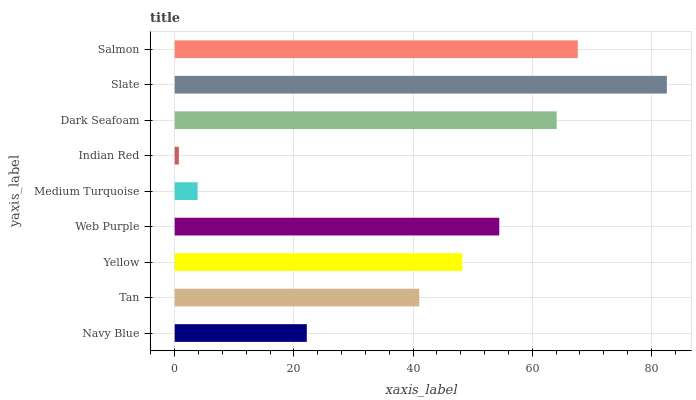
| yaxis_label | bars |
 | --- | --- |
 | Navy Blue | 22.2 |
 | Tan | 41 |
 | Yellow | 48.2 |
 | Web Purple | 54.5 |
 | Medium Turquoise | 3.85 |
 | Indian Red | 0.696 |
 | Dark Seafoam | 64.1 |
 | Slate | 82.6 |
 | Salmon | 67.6 |